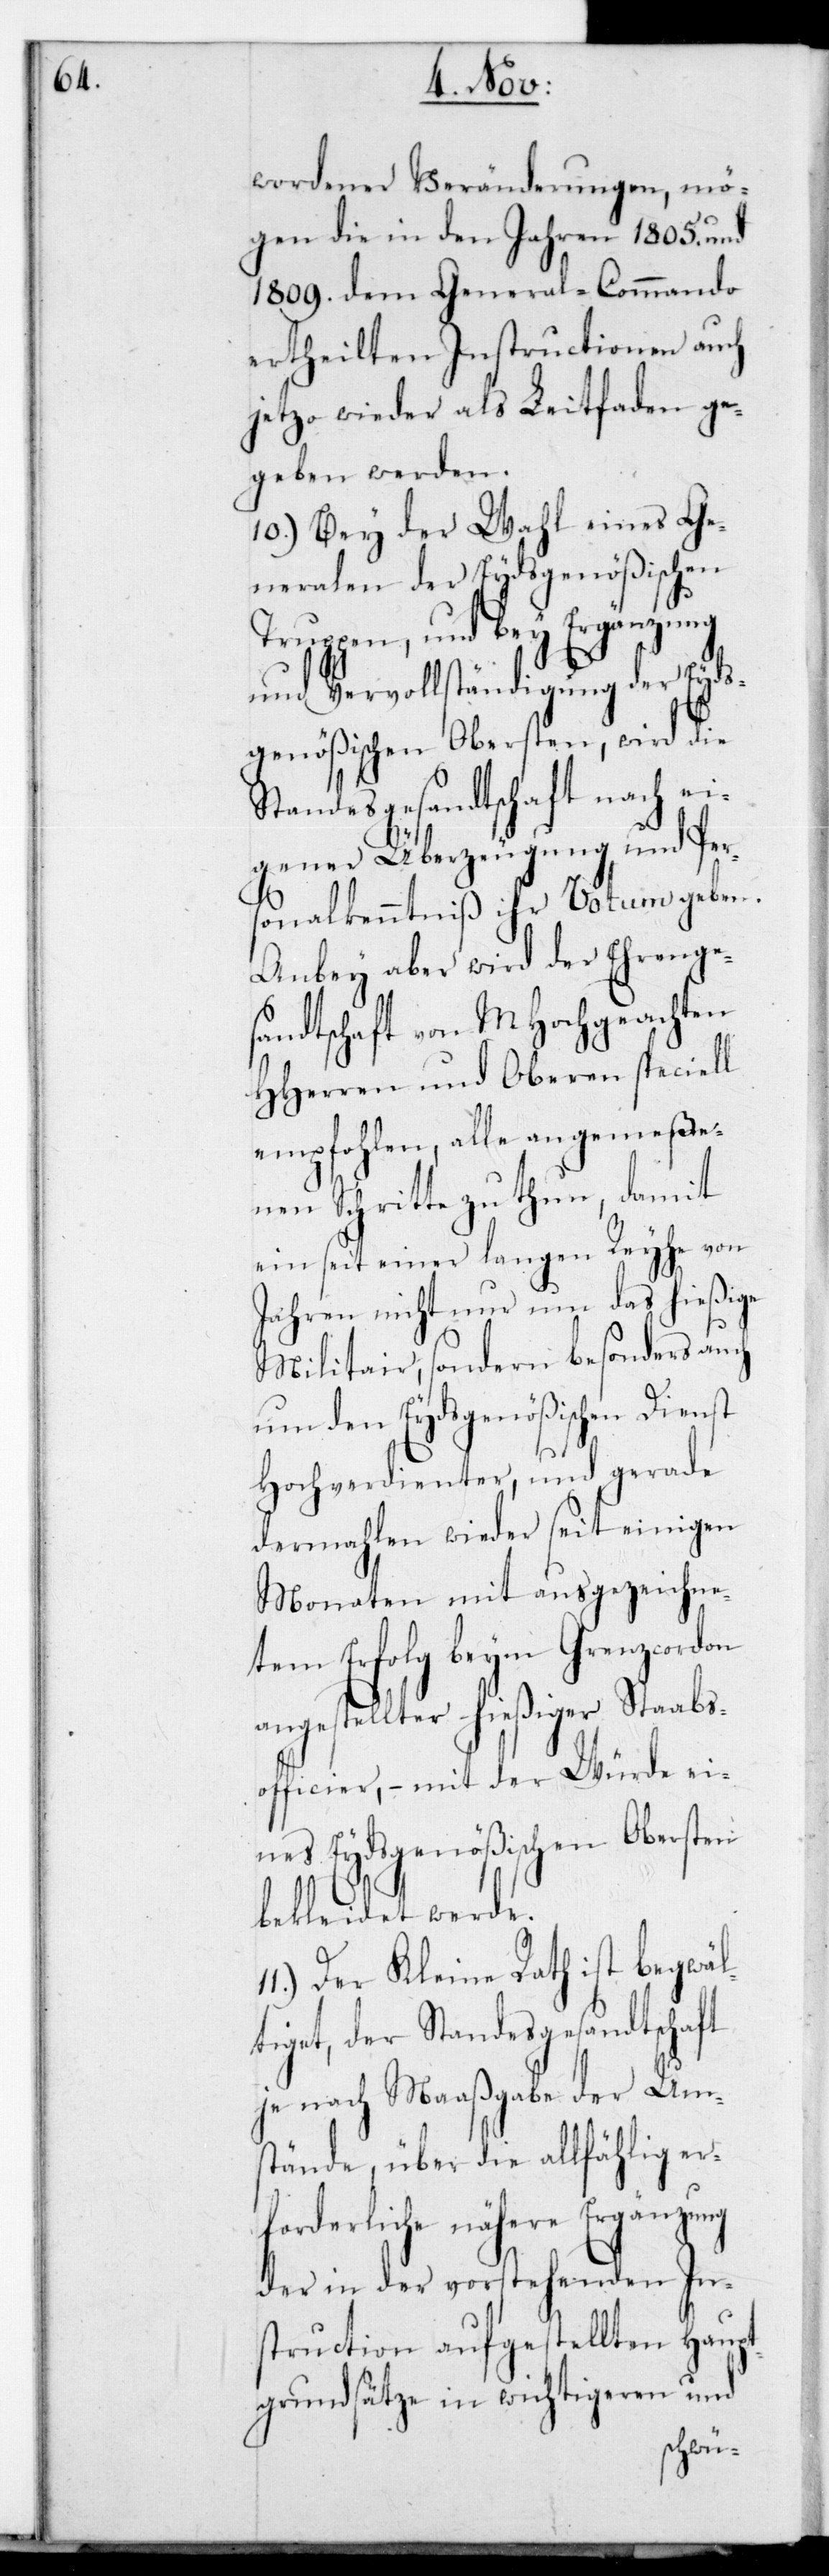
wordener Veränderungen, mö¬
gen die in den Jahren 1805. und
1809. dem General-Commando
ertheilten Instructionen auch
jetzo wieder als Leitfaden ge¬
geben werden.
10.) Bey der Wahl eines Ge¬
neralen der Eydsgenößischen
Truppen, und bey Ergänzung
und Vervollständigung der Eyds¬
genößischen Obersten, wird die
Standesgesandtschaft nach ei¬
gener Überzeugung und Pers¬
onalkenntniß ihr Votum geben.
Anbey aber wird der Ehrenge¬
sandtschaft von MHochgeachten
HHerren und Oberen speciell
empfohlen, alle angemeße¬
nen Schritte zu thun, damit
ein seit einer langen Reyhe von
Jahren nicht nur das hießige
Militar, sondern besonders auch
um den Eydsgenößischen Dienst
Hochverdienter und gerade
dermahlen wieder seit einigen
Monaten mit ausgezeichne¬
tem Erfolg beym Grenzcordon
angestellter hießiger Stabs¬
officier, – mit der Würde ei¬
nes Eydsgenößischen Obersten
bekleidet werde.
Der Kleine Rath ist begwäl¬
tiget, der Standesgesandtschaft
je nach Maaßgabe der Um¬
stände, über die allfählig er¬
forderliche nähere Ergänzung
der in der vorstehenden In¬
struction aufgestellten Haupt¬
grundsätze in wichtigeren